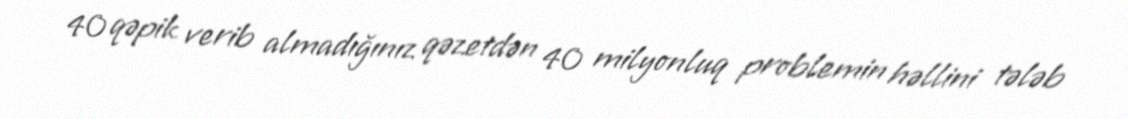
40 qəpik verib almadığınız qəzetdən 40 milyonluq problemin həllini tələb